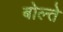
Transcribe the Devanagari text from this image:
बोल्ते